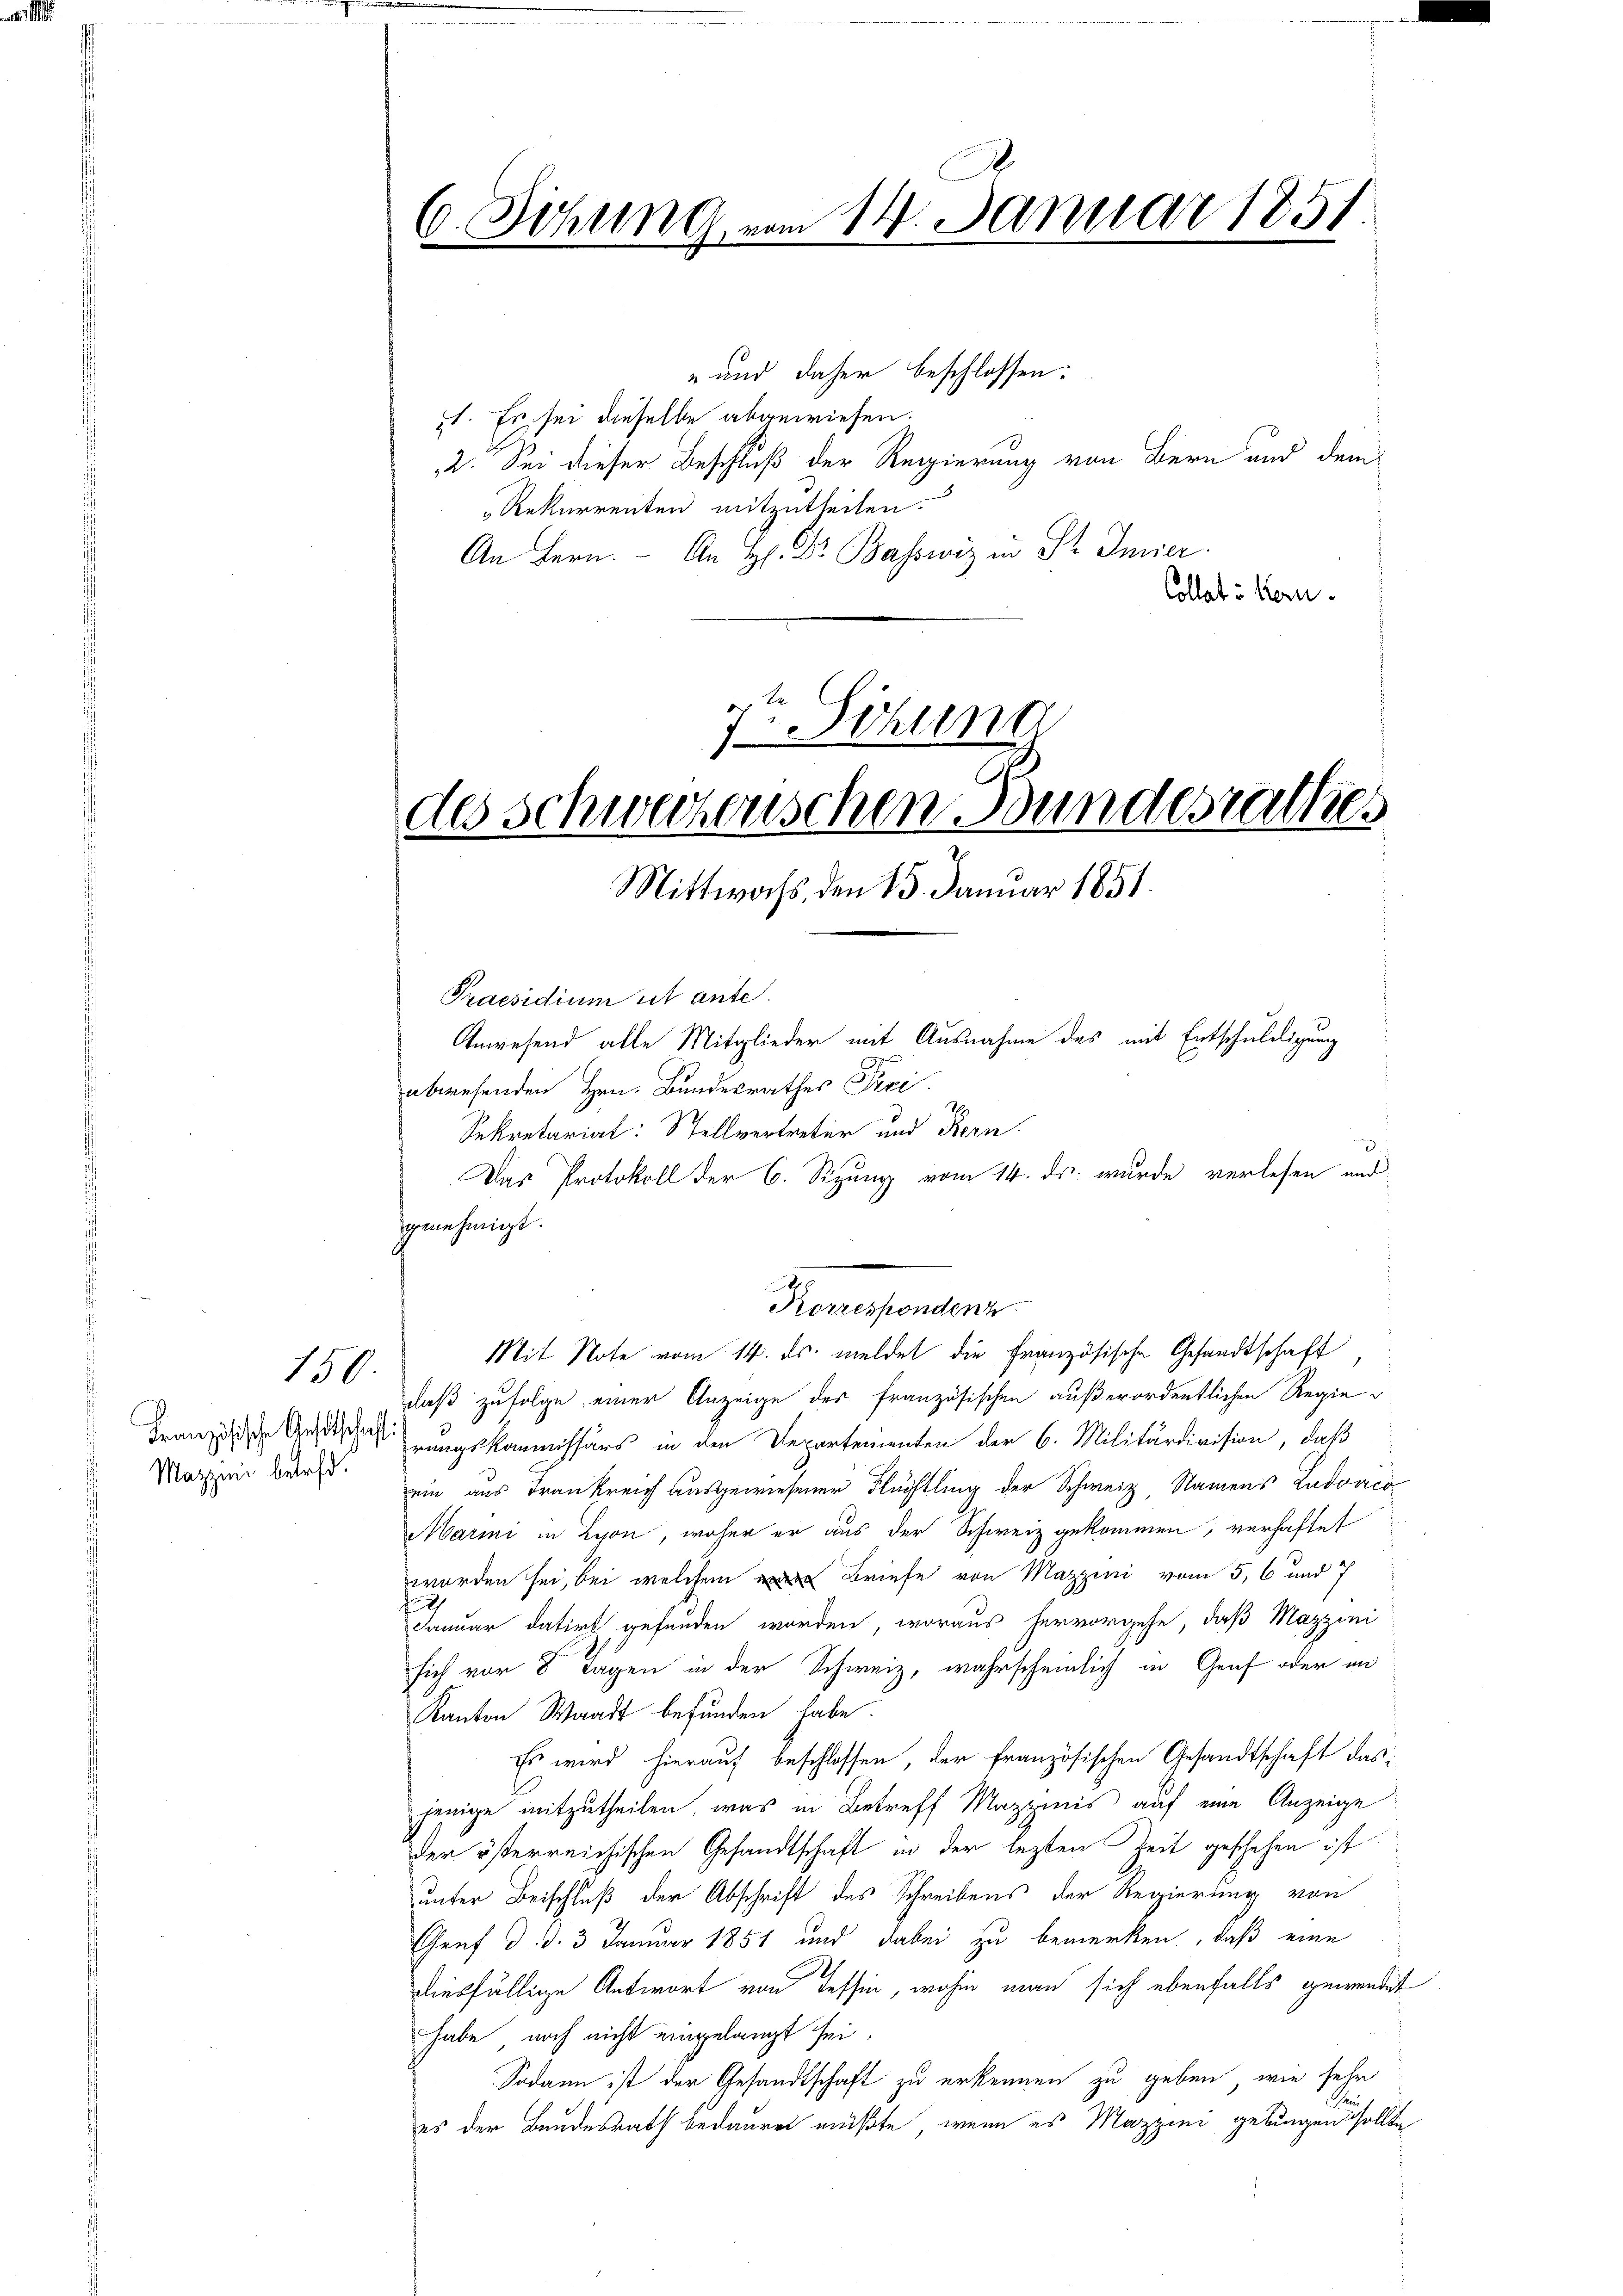
Mazzini betreff.

150.

- und daher beschlossen:
. Es sei dieselbe abgewiesen.
2. Sei dieser Beschluß der Regierung von Bern und dem
" Rekurrenten mitzutheilen.
An Bern. An H. Dr. Basswiz in Pr. Inner.
Collat u. kern.
7Sehung

6. Sitzung vom 14. Januar 1851.
.

des schweizerischen Bundesrathes
Mittwochs, den 15. Januar 1851.

Praesidium sit ante.
Anwesend alle Mitglieder mit Ausnahme des mit Entschuldigung
abwesenden Hrn. Bundesrathes Prei
Sekretariat: Stellvertreter und Kern
9
Das Protokoll der 6. Sizung vom 14. ds. wurde verlesen und
genehmigt.
Korrespondenz
Mit Note vom 14. ds. meldet die französische Gesandtschaft
daß zufolge einer Anzeige der französischen außerordentlichen Regie
Granzösische Gescherungskommissärs in den Departementen der 6. Militärdivision, daß
ein aus Frankreich ausgewiesener Flüchtling der Schweiz, Namens Ludovico
Marii in Lyon, woher er aus der Schweiz gekommen, verhaftet
worden sei, bei welchem Briefe von Mazzini vom 5. 6 und 7
d
Januar datirt gefunden worden, woraus hervorgehe, daß Mazzini
sich vor 8 Tagen in der Schweiz, wahrscheinlich in Genf oder an
Kanton Waadt befunden habe.
Es wird hierauf beschlossen, der französischen Gesandtschaft das
jenige mitzutheilen, was in Betreff Mazzinis auf eine Anzeige
der österreichischen Gesandtschaft in der lezten Zeit geschehen ist
unter Beischluß der Abschrift des Schreibens der Regierung von
Gref d. d. 3 Januar 1851 und dabei zu bemerken, daß eine
diesfällige Antwort von Tessin, wohin man sich ebenfalls gewendet
habe, noch nicht eingelangt sei.
Sodann ist der Gesandtschaft zu erkennen zu geben, wie sehr
es der Bundesrath bedauren müßte, wenn es Mazzini gelungen sollte